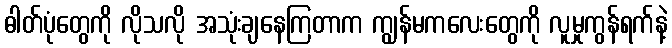
ဓါတ်ပုံတွေကို လိုသလို အသုံးချနေကြတာက ကျွန်မကလေးတွေကို လူမှုကွန်ရက်နဲ့